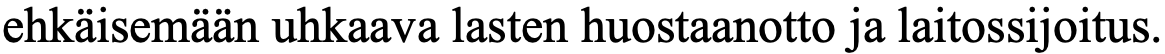
ehkäisemään uhkaava lasten huostaanotto ja laitossijoitus.